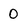
Character: 0